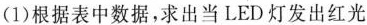
(1)根据表中数据，求出当LED灯发出红光